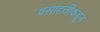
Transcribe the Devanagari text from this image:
वसाहतींकडून